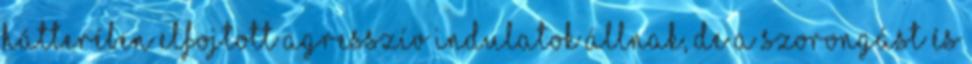
hátterében elfojtott agresszív indulatok állnak, de a szorongást és